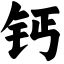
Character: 钙